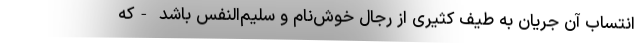
انتساب آن جریان به طیف کثیری از رجال خوش‌نام و سلیم‌النفس باشد -که